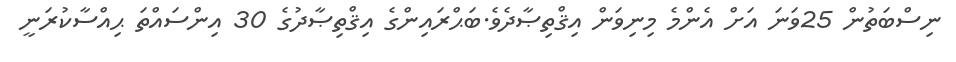
ނިސްބަތުން 25ވަނަ އަށް އެންމެ މިނިވަން އިޤްތިޞާދެވެ.ބަޙްރައިންގެ އިޤްތިޞާދުގެ 30 އިންސައްތަ ޙިއްސާކުރަނީ